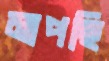
মাপছি